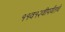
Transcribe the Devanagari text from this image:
११व१२वीपर्यंतचे